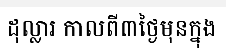
ដុល្លារ កាលពី៣ថ្ងៃមុនក្នុង